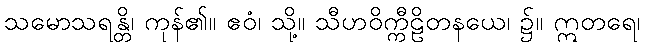
သမောသရန္တိ၊ ကုန်၏။ ဧဝံ၊ သို့။ သီဟဝိက္ကီဠိတနယေ၊ ၌။ ဣတရေ၊